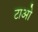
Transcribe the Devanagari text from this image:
टाओ